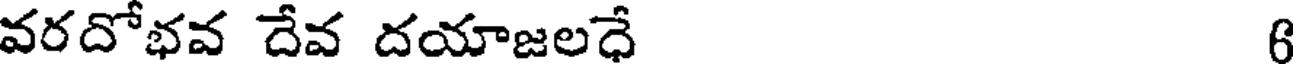
వరదోభవ దేవ దయాజలధే 6